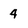
Character: 4